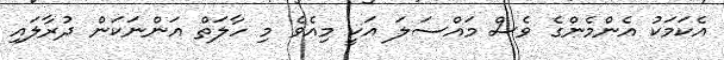
އެކަމަކު އެންމެންގެ ވެސް މައްސަލަ އަކީ މިއެވެ މި ހާލަތް އަންނަކަން ދުރާލައި